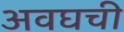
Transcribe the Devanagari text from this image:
अवघची